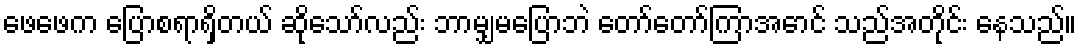
ဖေဖေက ပြောစရာရှိတယ် ဆိုသော်လည်း ဘာမျှမပြောဘဲ တော်တော်ကြာအောင် သည်အတိုင်း နေသည်။